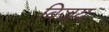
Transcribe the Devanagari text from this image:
विजय